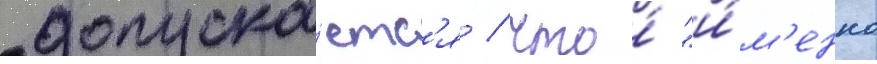
допуска́етс'я / что́ "и́м'енно